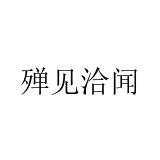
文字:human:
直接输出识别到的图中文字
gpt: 殚见洽闻